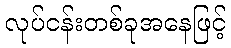
လုပ်ငန်းတစ်ခုအနေဖြင့်